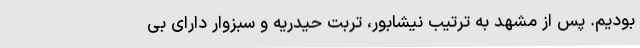
بودیم. پس از مشهد به ترتیب نیشابور، تربت حیدریه و سبزوار دارای بی